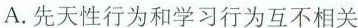
A.先天性行为和学习行为互不相关